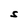
Character: S